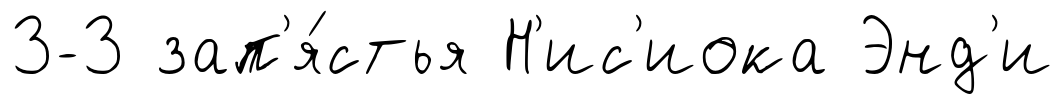
3-3 зап'я́стья Н'ис'иока Энд'и